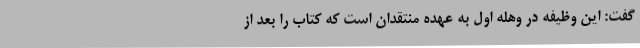
گفت: این وظیفه در وهله اول به عهده منتقدان است که کتاب را بعد از